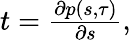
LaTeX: \begin{array}{r}{t=\frac{\partial p(s,\tau)}{\partial s},}\end{array}